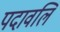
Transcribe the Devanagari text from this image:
पदावलि